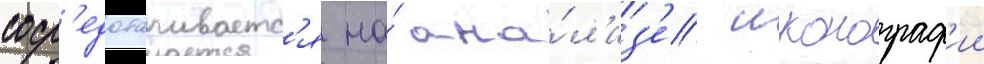
соср'едотачиваетс'я на́ ана́л'из'е иконограф'ии